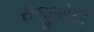
રોજીરોટી